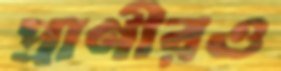
প্রাণীরও